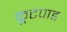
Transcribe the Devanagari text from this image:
कूटपाड